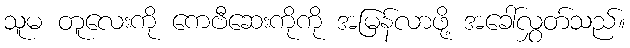
သူမ တူလေးကို ကေဗီဆေးကိုကို အမြန်လာဖို့ အခေါ်လွှတ်သည်။